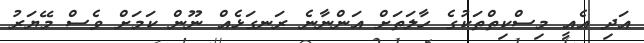
އަދި އެއީ މިސްކިތްތަކުގެ ހާލަތަށް އަންނާނެ ރަނގަޅެއް ނޫން ކަމަށް ވެސް މޭޔަރު